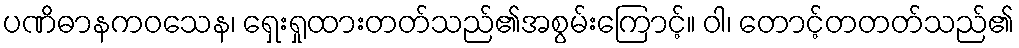
ပဏိဓာနကဝသေန၊ ရှေးရှုထားတတ်သည်၏အစွမ်းကြောင့်။ ဝါ၊ တောင့်တတတ်သည်၏